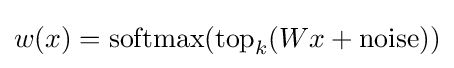
w(x)=\mathrm {softmax} (\mathrm {top} _{k}(Wx+{\text{noise}}))